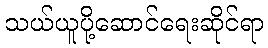
သယ်ယူပို့ဆောင်ရေးဆိုင်ရာ